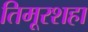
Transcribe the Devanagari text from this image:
तिमूरशहा